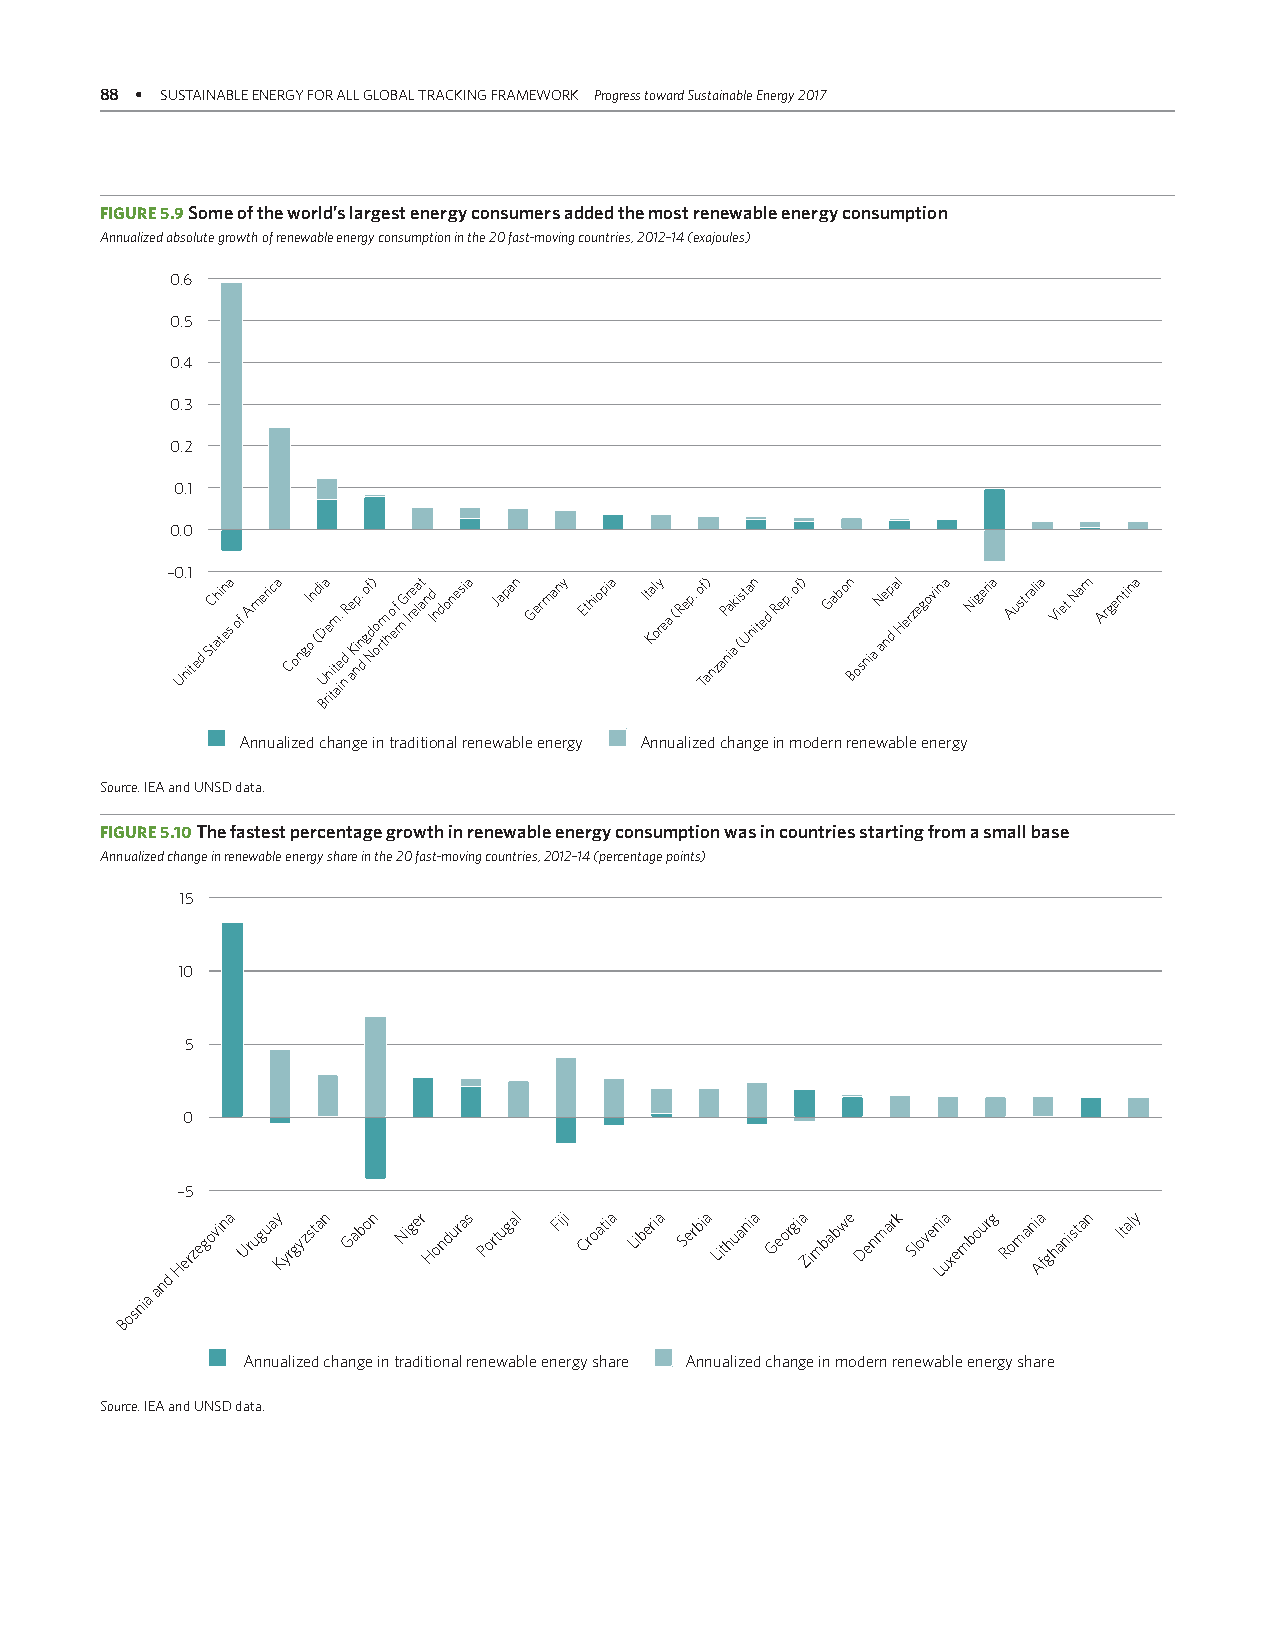
88 • SUSTAINABLE ENERGY FOR ALL GLOBAL TRACKING FRAMEWORK Progress toward Sustainable Energy 2017
 FIGURE 5.9 Some of the world’s largest energy consumers added the most renewable energy consumption
 Annualized absolute growth of renewable energy consumption in the 20 fast-moving countries, 2012–14 (exajoules)
 0.6
 0.5
 0.4
 0.3
 0.2
 0.1
 0.0
 –0.1
 United
 StC ahi tn esa of America CongI o n (di BD Ua re
 ini
 ttm a.
 ie nd
 R ae Ki np. n
 d
 gof d N) o ortm ho ef r n G Ir re elat an Id ndonesia Japan Germany Ethiopia It Kal ory ea (Rep. of T) anzaP nia ak i (st Ua nin ted Rep. of) Gabon
 Bosnia
 N ae np d al Herzegovina Nigeria Australia Viet Nam Argentina
 Annualized change in traditional renewable energy Annualized change in modern renewable energy
 Source: IEA and UNSD data.
 FIGURE 5.10 The fastest percentage growth in renewable energy consumption was in countries starting from a small base
 Annualized change in renewable energy share in the 20 fast-moving countries, 2012–14 (percentage points)
 15
 10
 5
 0
 –5
 Bosnia
 and
 Herzegovina Uruguay Kyrgyzstan Gabon Niger Honduras Portugal Fiji Croatia Liberia Serbia Lithuania Georgia Zimbabwe Denmark Sloven Li ua xembourg Romani Aa fghanistan Italy
 Annualized change in traditional renewable energy share Annualized change in modern renewable energy share
 Source: IEA and UNSD data.